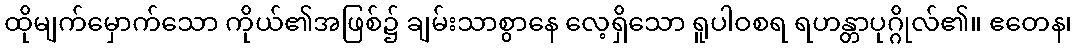
ထိုမျက်မှောက်သော ကိုယ်၏အဖြစ်၌ ချမ်းသာစွာနေ လေ့ရှိသော ရူပါဝစရ ရဟန္တာပုဂ္ဂိုလ်၏။ ဧတေန၊